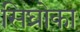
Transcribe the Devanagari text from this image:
सिघ्रोका